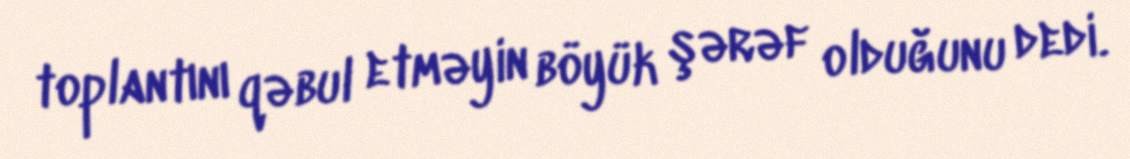
toplantını qəbul etməyin böyük şərəf olduğunu dedi.